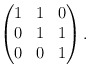
\begin{align*}\begin{pmatrix}1 & 1 & 0 \\0 & 1 & 1 \\0 & 0 & 1\end{pmatrix}.\end{align*}